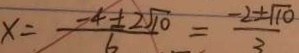
x = \frac { - 4 \pm 2 \sqrt { 1 0 } } { 6 } = \frac { - 2 \pm \sqrt { 1 0 } } { 3 }